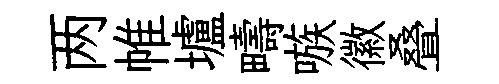
两帷壚疇嗾徽叠